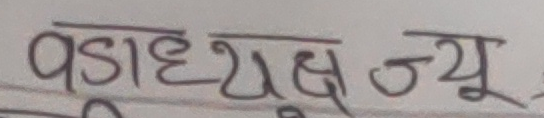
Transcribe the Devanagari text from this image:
वडाध्यक्ष ज्यू